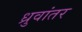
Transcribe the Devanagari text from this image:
ध्रुवांतर